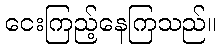
ငေးကြည့်နေကြသည်။